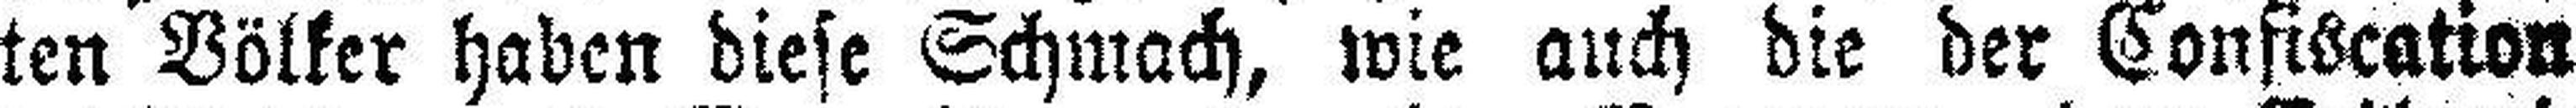
ten Völker haben diese Schmach, wie auch die der Confiscation